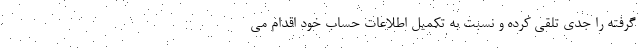
گرفته را جدی تلقی کرده و نسبت به تکمیل اطلاعات حساب خود اقدام می